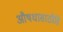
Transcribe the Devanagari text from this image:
औषधासाठीहि